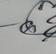
Signature authenticity: genuine